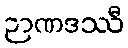
ဉာဏဒဿီ